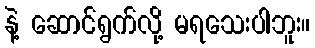
နဲ့ ဆောင်ရွက်လို့ မရသေးပါဘူး။